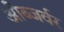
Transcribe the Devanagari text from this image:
ओब्जर्वर